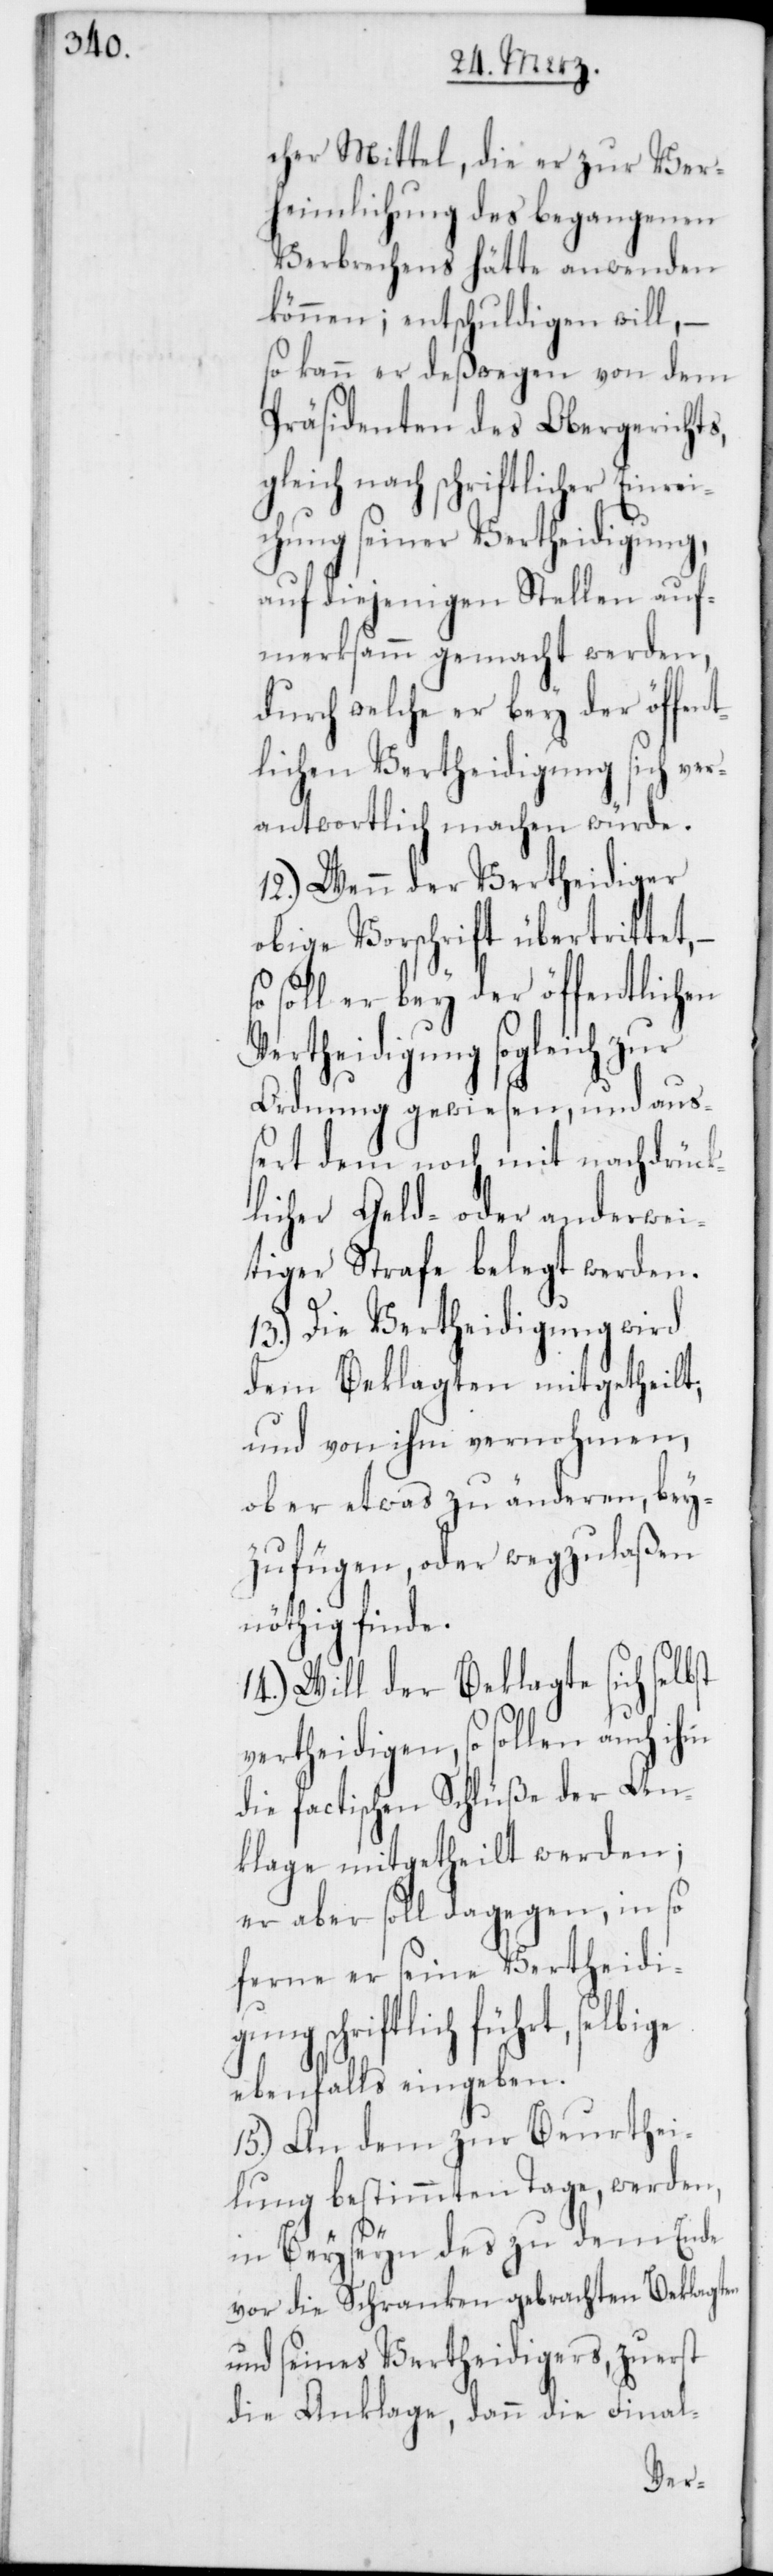
cher Mittel, die er zur Ver¬
heimlichung des begangenen
Verbrechens hätte anwenden
können; entschuldigen will,
so kann er deßwegen von dem
Präsidenten des Obergerichts,
gleich nach schriftlicher Einrei¬
chung seiner Vertheidigung,
auf diejenigen Stellen auf¬
merksamm gemacht werden,
durch welche er bey der öffent¬
lichen Vertheidigung sich ver¬
antwortlich machen würde.
12.) Wenn der Vertheidiger
obige Vorschrift übertrittet,
soll er bey der öffentlichen
Vertheidigung sogleich zur
Ordnung gewiesen, und au¬
ßert dem noch mit nachdrück¬
licher Geld- oder anderwei¬
tiger Strafe belegt werden.
13.) Die Vertheidigung wird
dem Beklagten mitgetheilt,
und von ihm vernohmen,
ob er etwas zu änderen, bey¬
zufügen, oder wegzulaßen
nöthig finde.
14.) Will der Beklagte sich selb¬
vertheidigen, so sollen auch ihm
die factischen Schlüße der An¬
klage mitgetheilt werden;
er aber soll dagegen, in so
ferne er seine Vertheidi¬
ich führt, selbige
ebenfalls eingeben.
15.) An dem zur Beurthei¬
lung bestimmten Tage, werden,
st
in Beyseyn des zu dem Ende
vor die Schranken gebrachten Beklagten
und seines Vertheidigers, zuerst
die Anklage, dann die Final-